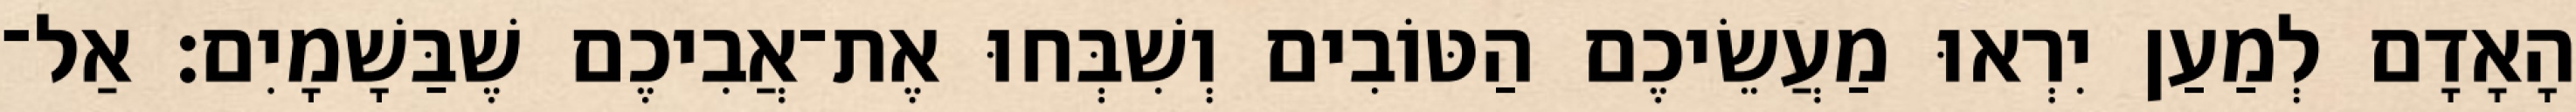
הָאָדָם לְמַעַן יִרְאוּ מַעֲשֵׂיכֶם הַטּוֹבִים וְשִׁבְּחוּ אֶת־אֲבִיכֶם שֶׁבַּשָׁמָיִם׃ אַל־